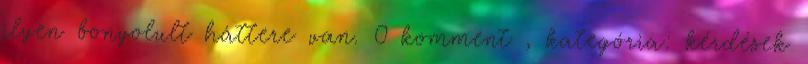
ilyen bonyolult háttere van. 0 komment , kategória: kérdések